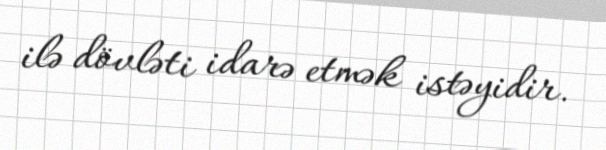
ilə dövləti idarə etmək istəyidir.